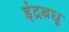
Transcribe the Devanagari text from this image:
इंद्रबधू